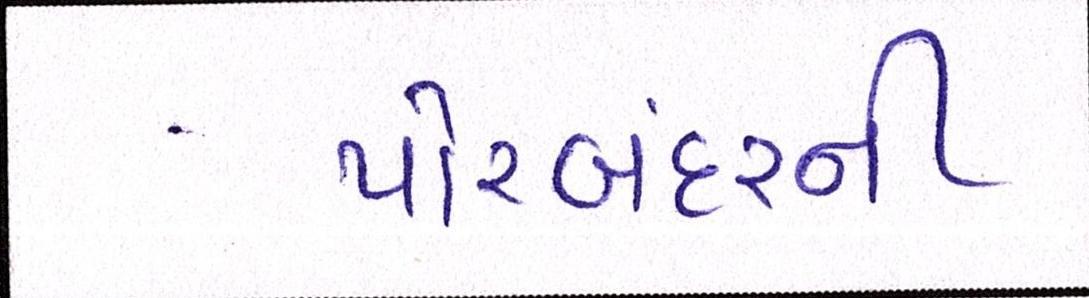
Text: પોરબંદરની